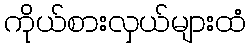
ကိုယ်စားလှယ်များထံ